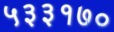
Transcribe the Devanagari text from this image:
५३३१७०